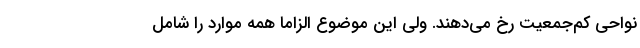
نواحی کم‌جمعیت رخ می‌دهند. ولی این موضوع الزاما همه موارد را شامل